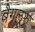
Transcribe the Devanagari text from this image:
बैगलूरु